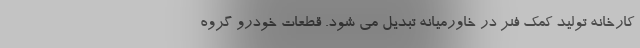
کارخانه تولید کمک فنر در خاورمیانه تبدیل می شود. قطعات خودرو گروه